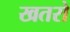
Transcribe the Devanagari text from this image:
खतरो